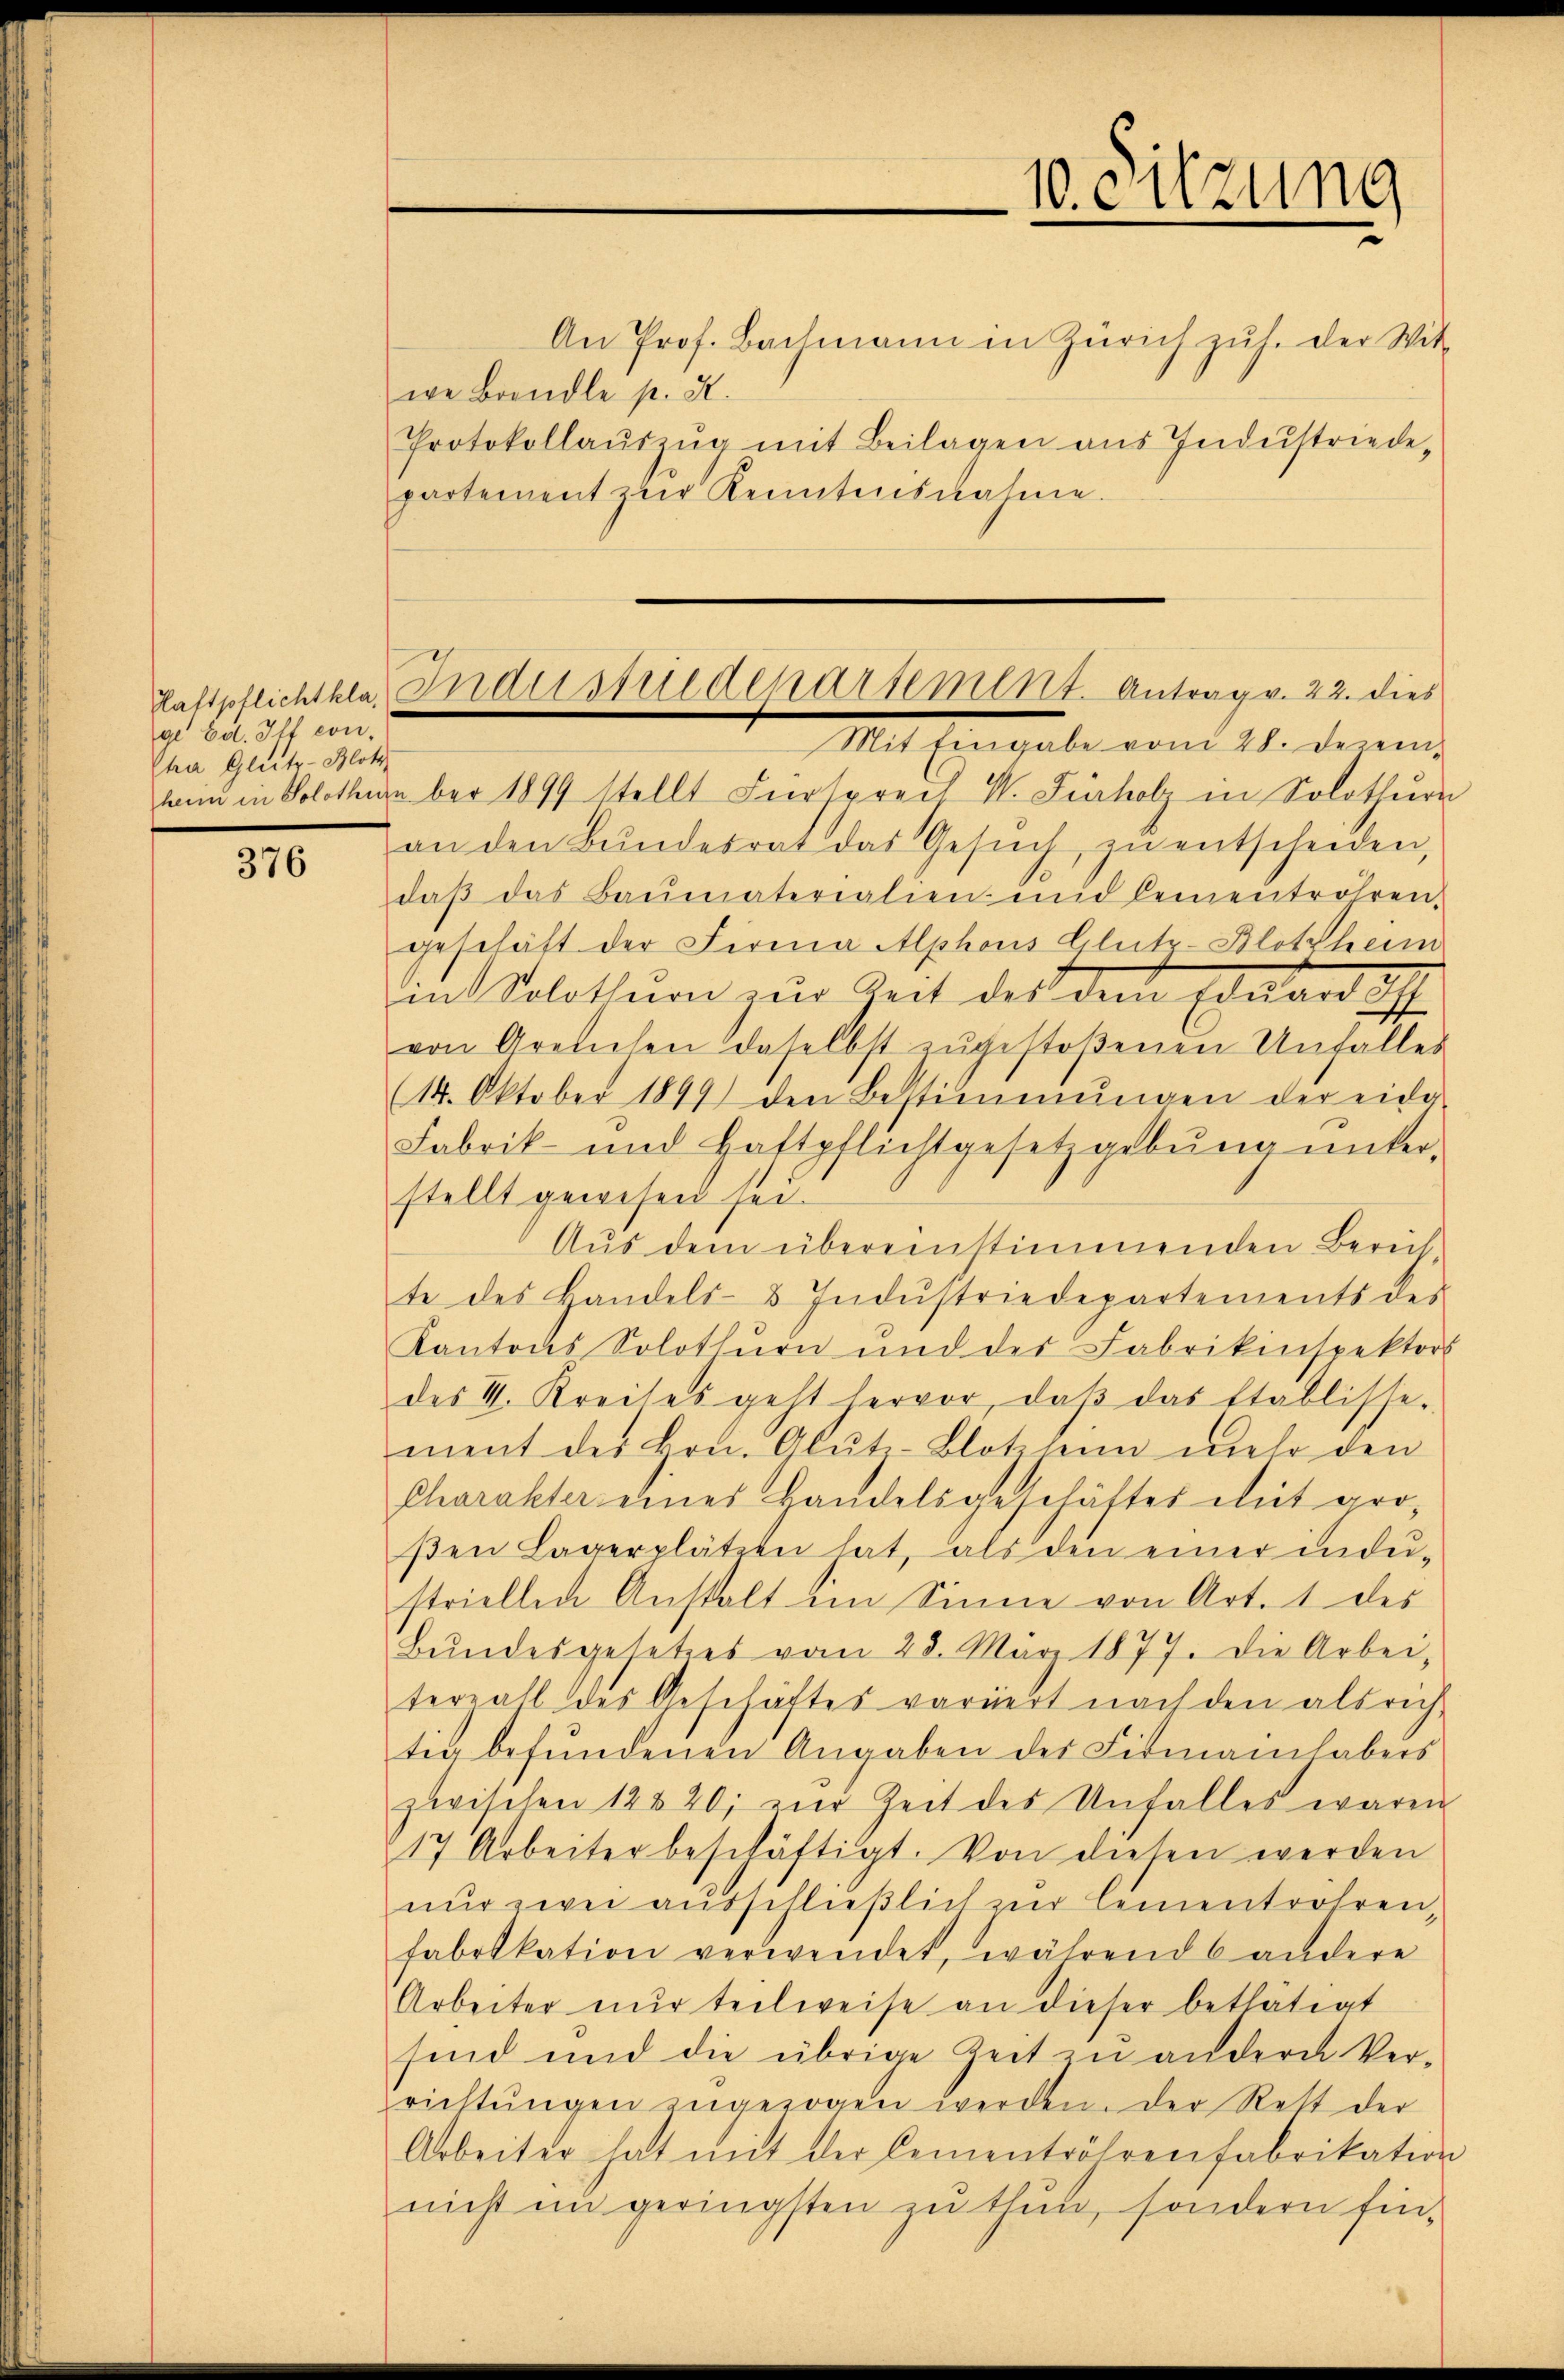
Haftpflichtklagl Bd. Iff con
Cha Glutz-Blotz

376

An Prof. Bachmann in Zürich zŭh. der Wit-
we Brandle p. X.
Protokollaŭszŭg mit Beilagen aus Industriede-
partement zur Kenntnisnahme.

Industriedenartement. Antrag v. 22. dies
III. Eingel vom 21. denin

wan in Solothurn 1899 stellt Fürsprech W. Fürholz in Solothurn
an den Bŭndesrat das Gesŭch zŭ entscheiden,
daβ das Baŭmaterialien und lementröhren-
geschäft der Firma Alphons Glutz-Blottheim
in Solothurn zur Zeit des dem Eduard i
von Arenchen daselbst zŭgestoßenen Unfalles
(14. Oktober 1849 den Bestimmungen der eida-
Fabrik- und Haftpflichtgesetzgebŭng ŭnter-
stellt gewesen sei.
Aus dem übereinstimmenden Berech-
te des Handels- & Indŭstriedepartements des
Kantons Solothurn und der Fabrikinspektors
des V. Kreises geht hervor, daβ das Etablisse-
ment der Hrn. Alŭti-Blotzheim mehr den
Charakter eines Landelsgeschäftes mit groβen Lagerplätzen hat, als den einer inde-
striellen Anstalt im Sinne von Art. 1 des
Bŭndesgesetzes vom 28. März 1877. Die Arbei-
terall des Geschäftes variert nach den als rich-
tig befundenen Angaben der Firmainhabers
zwischen 12420; zur Zeit des Unfalles waren
17 Arbeiter beschäftigt. Von diesen werden
nur zwei ausschließlich zur Cementrohren,
fabrikation verwendet, während 6 andere
Arbeiter nur teilweise an dieser bethätigt
sind und die übrige Zeit zu andern Ver-
richtŭngen angezogen werden. Der Rett der
Arbeiter hat mit der Cementröhrenfabrikation
nicht in geringsten zu thun, sondern fin¬

10. Sitzung